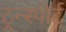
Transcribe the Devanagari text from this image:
ट्रन्स्पोर्ट